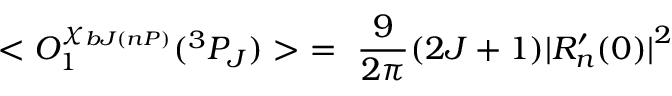
< O _ { 1 } ^ { \chi _ { b J ( n P ) } } ( ^ { 3 } P _ { J } ) > \ = \ \frac { 9 } { 2 \pi } ( 2 J + 1 ) { \mid } R _ { n } ^ { \prime } ( 0 ) { \mid } ^ { 2 }